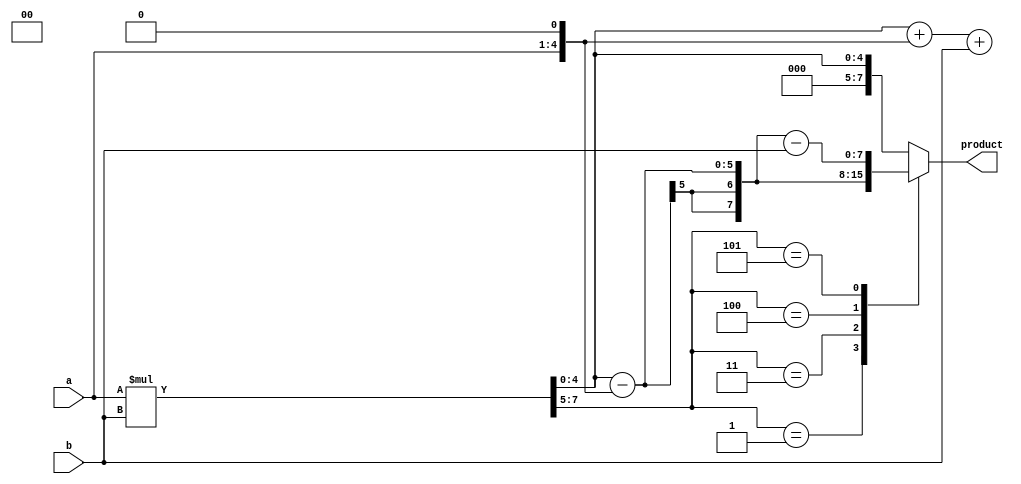
module booth_multiplier(input [3:0] a, b, output reg signed [7:0] product);

reg [7:0] partial_product;
reg [7:0] aligned_partial_product;
reg [7:0] final_product;

// Partial product generation stage
always @ (*) begin
   partial_product = a * b;
end

// Prefix section and Booth encoding calculation
always @ (*) begin
   aligned_partial_product = {partial_product[6], partial_product[7], partial_product[6:0]};
end

// Main Booth encoding section
always @ (*) begin
   case (aligned_partial_product[7:5])
      3'b000: product = aligned_partial_product[4:0];
      3'b001: product = aligned_partial_product[4:0] + (a << 1);
      3'b011: product = aligned_partial_product[4:0] + (a << 1) + b;
      3'b100: product = aligned_partial_product[4:0] - (a << 1);
      3'b101: product = aligned_partial_product[4:0] - (a << 1) - b;
      3'b111: product = aligned_partial_product[4:0];
      default: product = aligned_partial_product[4:0];
   endcase
end

// Final product stage
always @ (*) begin
   final_product = product;
end

endmodule